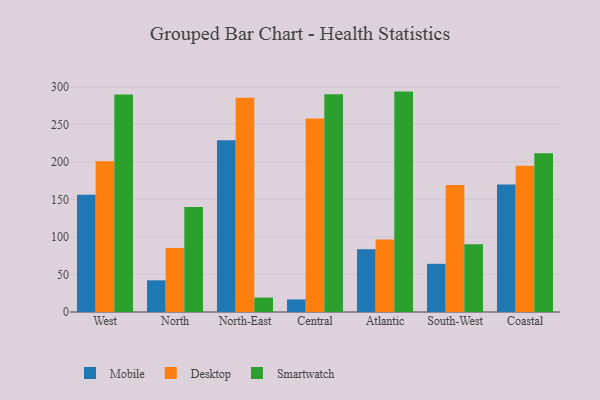
{"axis": {"x": "Region", "y": "Churn Rate (%)"}, "legend": ["Desktop", "Mobile", "Smartwatch"], "data": [{"x": "West", "y": 156.3, "type": "Mobile"}, {"x": "West", "y": 200.7, "type": "Desktop"}, {"x": "West", "y": 289.8, "type": "Smartwatch"}, {"x": "North", "y": 42.2, "type": "Mobile"}, {"x": "North", "y": 85.3, "type": "Desktop"}, {"x": "North", "y": 139.8, "type": "Smartwatch"}, {"x": "North-East", "y": 228.7, "type": "Mobile"}, {"x": "North-East", "y": 285.5, "type": "Desktop"}, {"x": "North-East", "y": 19.2, "type": "Smartwatch"}, {"x": "Central", "y": 16.7, "type": "Mobile"}, {"x": "Central", "y": 257.8, "type": "Desktop"}, {"x": "Central", "y": 290.1, "type": "Smartwatch"}, {"x": "Atlantic", "y": 83.6, "type": "Mobile"}, {"x": "Atlantic", "y": 96.6, "type": "Desktop"}, {"x": "Atlantic", "y": 293.6, "type": "Smartwatch"}, {"x": "South-West", "y": 64.2, "type": "Mobile"}, {"x": "South-West", "y": 169.1, "type": "Desktop"}, {"x": "South-West", "y": 90.3, "type": "Smartwatch"}, {"x": "Coastal", "y": 169.9, "type": "Mobile"}, {"x": "Coastal", "y": 194.9, "type": "Desktop"}, {"x": "Coastal", "y": 211.6, "type": "Smartwatch"}]}